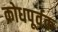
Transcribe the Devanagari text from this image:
क्रोधपूर्वक